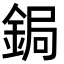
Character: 鋦